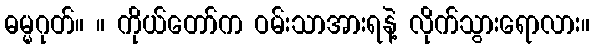
ဓမ္မဂုတ်။ ။ ကိုယ်တော်က ဝမ်းသာအားရနဲ့ လိုက်သွားရောလား။